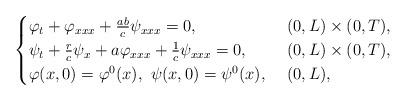
LaTeX: \begin{align*}&\begin{cases}\varphi_t +\varphi_{xxx} +\frac{ab}{c}\psi_{xxx}=0, & \,\, (0,L)\times (0,T),\\\psi_t +\frac{r}{c}\psi_x+a\varphi_{xxx} +\frac{1}{c}\psi_{xxx} =0, & \,\, (0,L)\times (0,T), \\\varphi(x,0)= \varphi^0(x), \,\,\psi(x,0)= \psi^0(x), & \,\, (0,L),\end{cases}\end{align*}